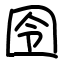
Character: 囹